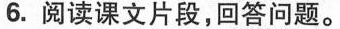
6. 阅读课文片段，回答问题。